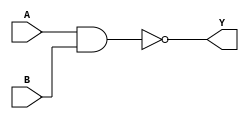
`timescale 1ns / 1ps
//////////////////////////////////////////////////////////////////////////////////

// Module Name: NAND

//////////////////////////////////////////////////////////////////////////////////


module NAND(
    input A,
    input B,
    output Y
    );
    assign Y = ~(A & B); 
endmodule